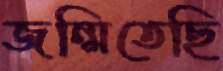
জন্মিতেছি